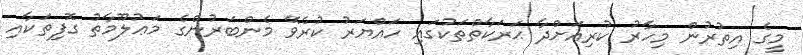
މީގެ އިތުރުން މިހާރު ކުރިއަށްދާ ޙަރަކާތްތަކުގައި ހައްޔަރު ކުރެވޭ މެންބަރުންގެ މަޢުލޫމާތު ގޮފިތަކާއި